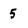
Character: 5